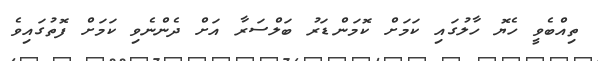
ތިއްބެވީ ހެޔޮ ހާލުގައި ކަމަށް ކޮމަންޑަރު ބަލްސަރާ އަށް ދެންނެވި ކަމަށް ފޮތުގައިވެ